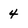
Character: 4